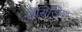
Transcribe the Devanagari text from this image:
नौसिखिया